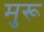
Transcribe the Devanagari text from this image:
मुरू